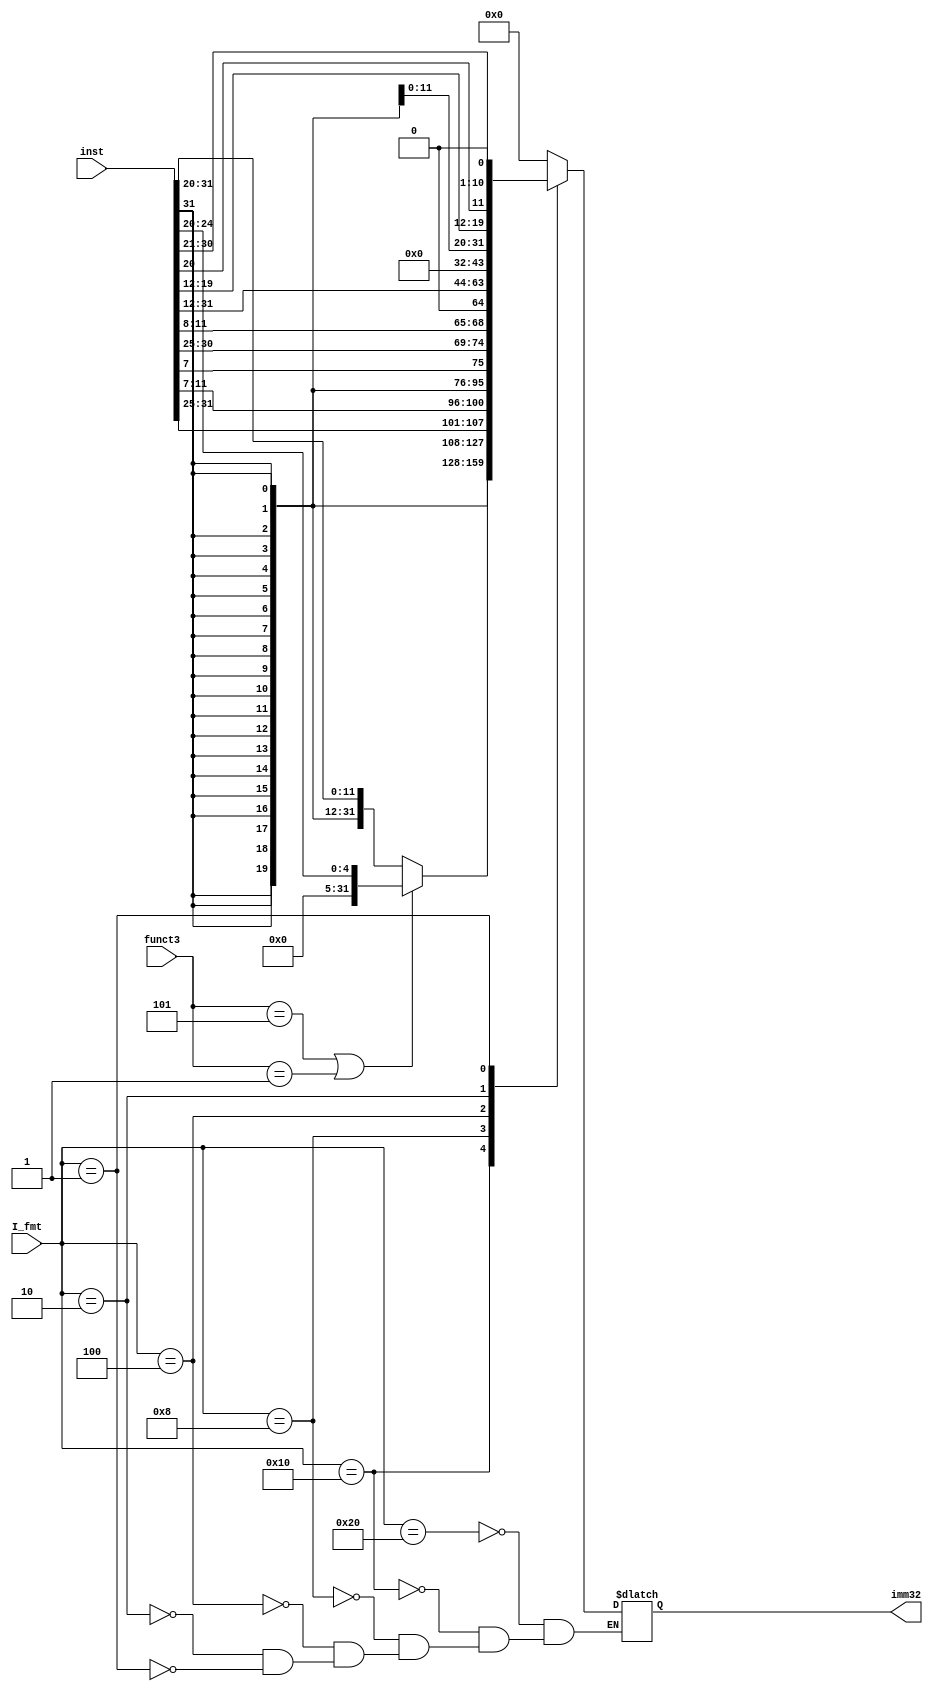
`timescale 1ns / 1ps
//////////////////////////////////////////////////////////////////////////////////
// Company: 
// Engineer: 
// 
// Design Name: 
// Module Name: concatenate
// Project Name: 
// Target Devices: 
// Tool Versions: 
// Description: 
// 
// Dependencies: 
// 
// Revision:
// Revision 0.01 - File Created
// Additional Comments:
// 
//////////////////////////////////////////////////////////////////////////////////


module concatenate(input[5:0]I_fmt,input[31:0]inst,input [2:0]funct3,
output reg[31:0]imm32);
always @(*) begin
    case (I_fmt)
    6'b100000: imm32=0;
    6'b010000: begin
    if(funct3==3'b101||funct3==3'b001) imm32={{27{1'b0}},inst[24:20]};
    else imm32={{20{inst[31]}},inst[31:20]};
    end
    6'b001000: imm32={{20{inst[31]}},inst[31:25],inst[11:7]};
    6'b000100: imm32={{20{inst[31]}},inst[7],inst[30:25],inst[11:8],1'b0};
    6'b000010: imm32={inst[31:12],12'b0};
    6'b000001: imm32={{12{inst[31]}},inst[19:12],inst[20],inst[30:21],1'b0};
    default: ;
endcase
end

endmodule